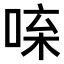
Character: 𠴬